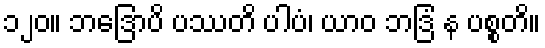
၁၂၀။ ဘဒြောပိ ပဿတိ ပါပံ၊ ယာဝ ဘဒြံ န ပစ္စတိ။